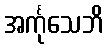
အင်္ကုသေဘိ